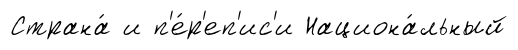
Страна́ и п'е́р'еп'ис'и Национа́льный